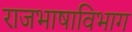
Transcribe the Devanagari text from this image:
राजभाषाविभाग